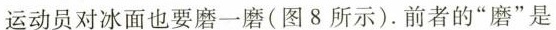
运动员对冰面也要磨一磨(图8所示)。前者的”磨”是